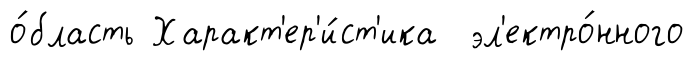
о́бласть Характ'ер'и́ст'ика эл'ектро́нного